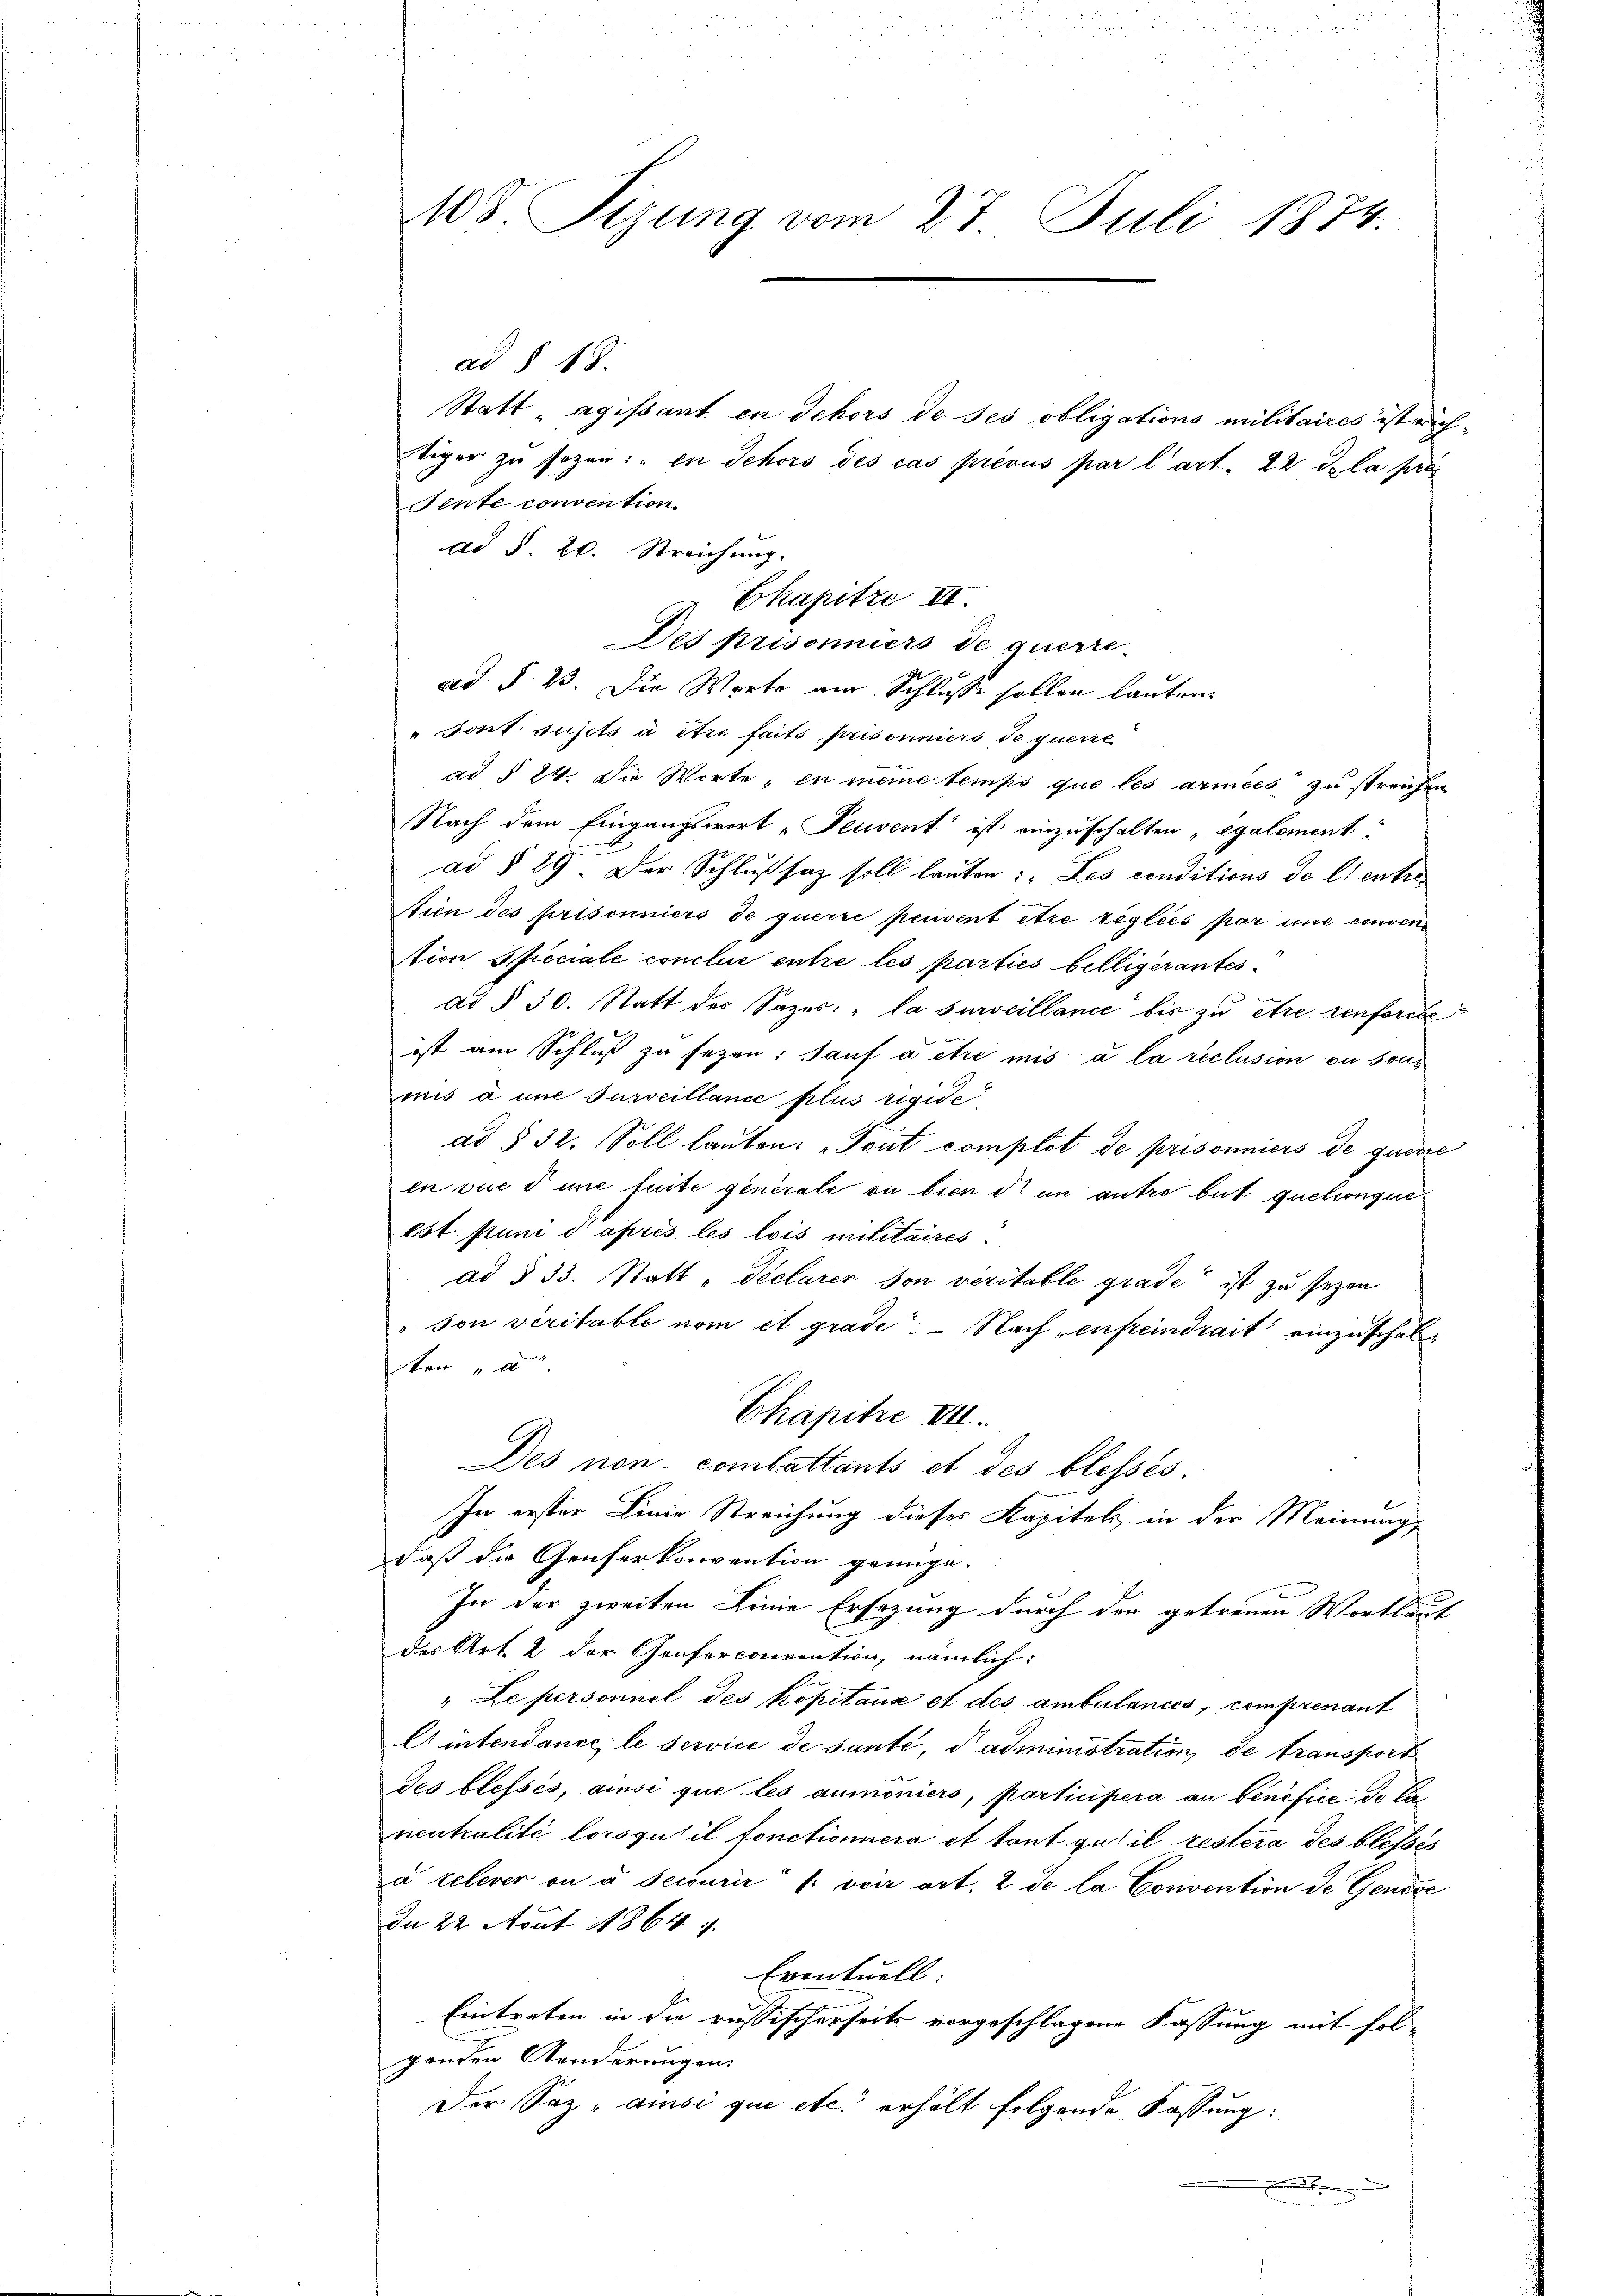
108. Sizung vom 27. Juli 1874.

ad § 18.
Sente convention
dad §. 20. Streichung.
Des prisonniers de querre
ad § 2. Die Worte am Schlusse sollen lauten
"Sont sujets à être faits, prisonniers de querre
ad § 24. Die Worte, en meine temps que les armees zu streichen
Nach dem Eingangswort „Peuvent ist einzuschalten "egalement:
ad § 29. Der Schlußsatz soll lauten: „Les conditions de l’entre
Atien des prisonniers de querre peuvent être tegliés par une conven
tion Speciale conclus entre les parties belligerantes
ad § 30. Statt des Sazes: „la surveillance bis zu être renforste
ist am Schluß zu sezen. Sanf à être mis à la reclusion ou sonmis à une surveillance plus rigide
ad § 32. Soll lauten: „Tout complot de prisonniers de querre
en vue d une fuite generale ou bien dr an antre but quelconqué
est puni d’après les lois militaires.
ad § 33. Statt „Declarer von veritable grade ist zu seyen
son veritable nom et grade. - Nach enfeindrait einzuschalen
ten und
Chapitre III.
Des non combattants et des blessés.
In erster Linie Streichung dieses Kapitals in der Meinung
daß die Genferkonvention genüge.
In der zweiten Linie Ersezung durch den getreuen Wortlaut
des Art. 2 der Genferconvention, nämlich:
" Le personnel des Kopitaux et des ambulancés, comprenant
Eintendance, le service de sante, d administration de transport
des blessés, ainsi que les aumoniers, participera an benefice de la
neutralité lorsqu’il fonctioniera et tout qu’il restera des blessés
a relever ou u secourir /: voir art. 2 de la Convention de Genese
In 22 Aout 1864
Eventuell
Eintreten in die russischerseits vorgeschlagene Fassung mit fol-
genden Aenderungen
Der Saz ansi que etc. erhält folgende Fassung:

Chapitze II.

Statt „agissant en Schors de ses obligations militaires ist richtiger zu sezen: " in Schors des cas prévus par l’art. 22 de la pres